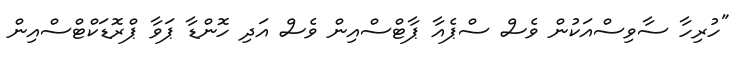
"ހުރިހާ ސާވިސްއަކުން ވެސް ސްޕެއާ ޕާޓްސްއިން ވެސް އަދި ހޮންޑާ ޕަވާ ޕްރޮޑަކްޓްސްއިން